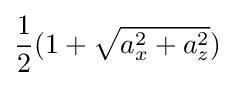
{\frac {1}{2}}(1+{\sqrt {a_{x}^{2}+a_{z}^{2}}})